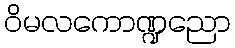
ဝိမလကောဏ္ဍညော